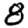
Digit: 8